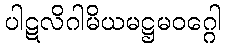
ပါဋလိဂါမိယမဋ္ဌမဝဂ္ဂေါ